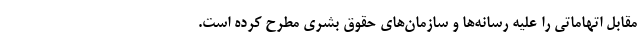
مقابل اتهاماتی را علیه رسانه‌ها و سازمان‌های حقوق بشری مطرح کرده است.